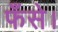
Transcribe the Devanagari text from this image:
फँसे।